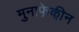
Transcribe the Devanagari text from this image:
मुनाफे़की़न